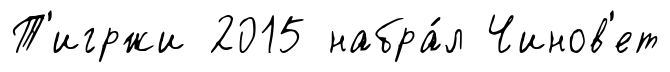
Т'игржи 2015 набра́л Чинов'ет